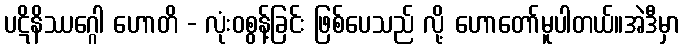
ပဋိနိဿဂ္ဂေါ ဟောတိ - လုံးဝစွန့်ခြင်း ဖြစ်ပေသည် လို့ ဟောတော်မူပါတယ်။အဲဒီမှာ